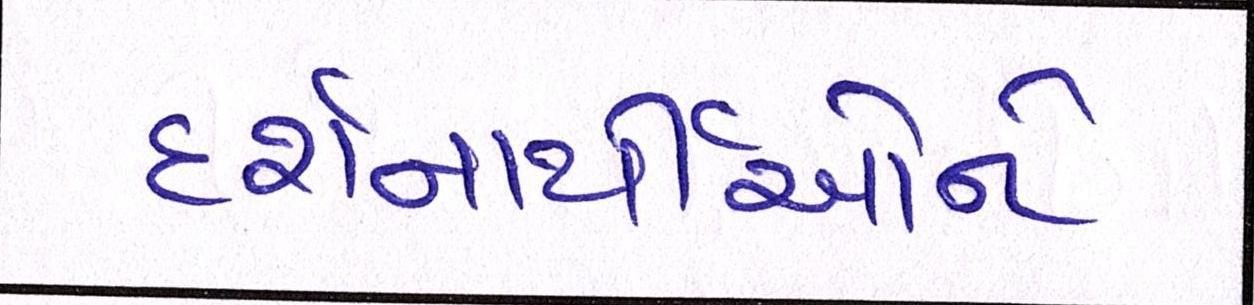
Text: દર્શનાર્થીઓને